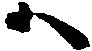
ハ